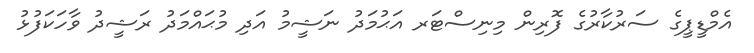
އެމްޑީޕީގެ ސަރުކާރުގެ ފޮރިން މިނިސްޓަރ އަޙުމަދު ނަޝީމު އަދި މުޙައްމަދު ރަޝީދު ވާހަކަފުޅު